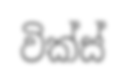
වික්ස්